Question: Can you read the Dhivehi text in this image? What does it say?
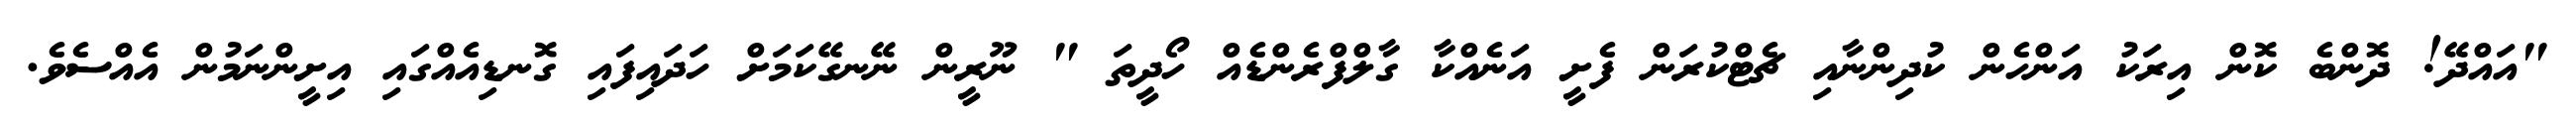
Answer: "އައްދޭ! ދޮންބެ ކޮން އިރަކު އަންހެން ކުދިންނާއި ޗެޓްކުރަން ފެށީ އަނެއްކާ ގާލްފްރެންޑެއް ހޯދީތަ " ނޫރީން ނޭނގޭކަމަށް ހަދައިފައި ގޮނޑިއެއްގައި އިށީންނަމުން އެއްސެވެ.